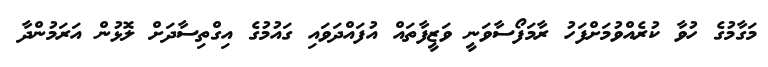
މަގާމުގެ ހުވާ ކުރެއްވުމަށްފަހު ރާމަފޯސާވަނީ ވަޒީފާތައް އުފައްދަވައި ގައުމުގެ އިގްތިސާދަށް ލޮޅުން އަރަމުންދާ